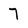
Character: 7